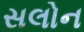
સલોન